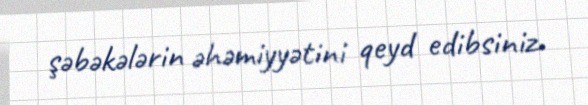
şəbəkələrin əhəmiyyətini qeyd edibsiniz.